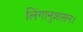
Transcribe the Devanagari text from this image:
लिंगानुशासन।